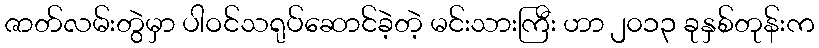
ဇာတ်လမ်းတွဲမှာ ပါဝင်သရုပ်ဆောင်ခဲ့တဲ့ မင်းသားကြီး ဟာ ၂၀၁၃ ခုနှစ်တုန်းက